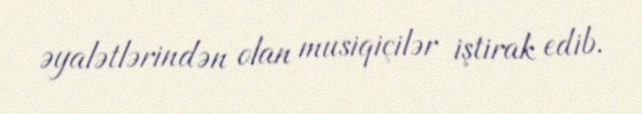
əyalətlərindən olan musiqiçilər iştirak edib.